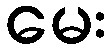
မေး